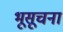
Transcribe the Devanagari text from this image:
भूसूचना